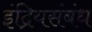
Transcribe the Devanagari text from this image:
इंद्रियसंबंध